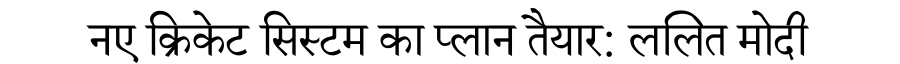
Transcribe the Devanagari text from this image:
नए क्रिकेट सिस्टम का प्लान तैयार: ललित मोदी